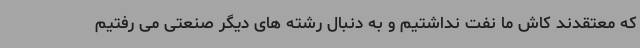
که معتقدند کاش ما نفت نداشتیم و به دنبال رشته های دیگر صنعتی می رفتیم